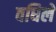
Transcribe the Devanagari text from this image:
वधिले